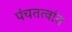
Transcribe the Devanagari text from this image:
पंचतत्वांत